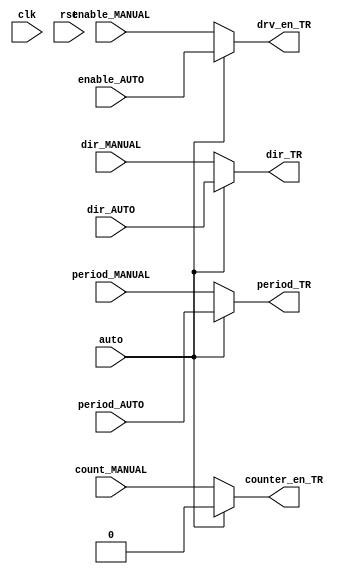
module TR   //        TR
#(
    parameter WIDTH_TR       = 16
  )
(
    output reg                          drv_en_TR,      //      TX
                                        dir_TR,         //    TX
                                        counter_en_TR,  //             
    
    output reg [WIDTH_TR-1:0]           period_TR,      //  ,  PULSE

    input wire                          clk,
                                        rst,

    input                               dir_AUTO,
                                        dir_MANUAL,
                                        auto,
                                        enable_AUTO,
                                        enable_MANUAL,
                                        count_MANUAL,
                                        
    input [WIDTH_TR-1:0]                period_AUTO,
                                        period_MANUAL                                    

);

always @(*)
    begin
        if (auto) //  AUTO
            begin 
                period_TR       = period_AUTO;
                dir_TR          = dir_AUTO;
                drv_en_TR       = enable_AUTO;
                counter_en_TR   = 1'b0;
            end
        else      //  MANUAL
            begin
                period_TR       = period_MANUAL;
                dir_TR          = dir_MANUAL;
                drv_en_TR       = enable_MANUAL;
                counter_en_TR   = count_MANUAL; 
            end    
    end            

endmodule